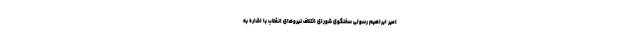
امیر ابراهیم رسولی سخنگوی شورای ائتلاف نیروهای انقلاب با اشاره به